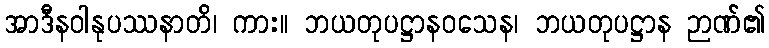
အာဒီနဝါနုပဿနာတိ၊ ကား။ ဘယတုပဋ္ဌာနဝသေန၊ ဘယတုပဋ္ဌာန ဉာဏ်၏